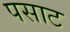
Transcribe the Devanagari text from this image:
पसाट